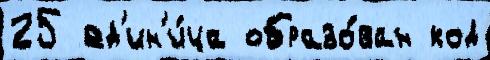
25 ед'ин'и́ца образо́ван код